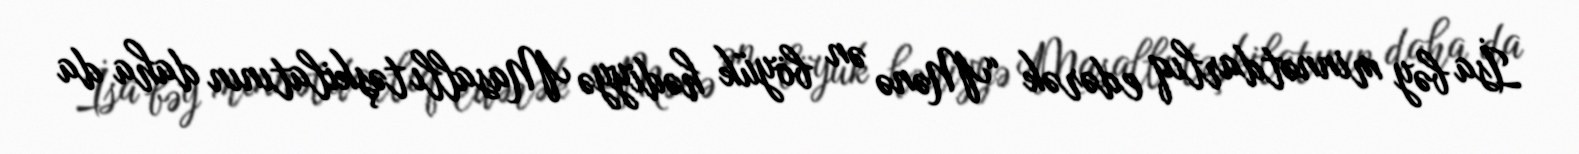
İsa bəy minnətdarlıq edərək “Mənə ən böyük hədiyyə Masallı təşkilatının daha da